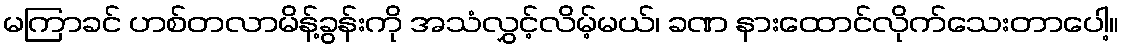
မကြာခင် ဟစ်တလာမိန့်ခွန်းကို အသံလွှင့်လိမ့်မယ်၊ ခဏ နားထောင်လိုက်သေးတာပေါ့။